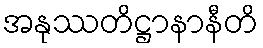
အနုဿတိဋ္ဌာနာနီတိ